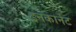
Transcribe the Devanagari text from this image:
इनकार्नेट